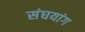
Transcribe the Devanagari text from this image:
संघयांग